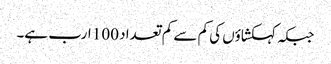
جبکہ کہکشاؤں کی کم سے کم تعداد 100 ارب ہے۔